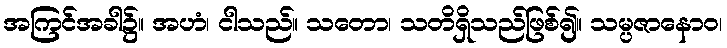
အကြင်အခါ၌။ အဟံ၊ ငါသည်။ သတော၊ သတိရှိသည်ဖြစ်၍။ သမ္ပဇာနောဝ၊